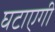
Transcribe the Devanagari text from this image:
घटाएगी